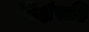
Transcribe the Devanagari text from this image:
शिक्षेसहि